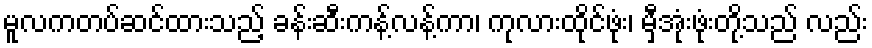
မူလကတပ်ဆင်ထားသည့် ခန်းဆီးကန့်လန့်ကာ၊ ကုလားထိုင်ဖုံး၊ မှီအုံးဖုံးတို့သည် လည်း